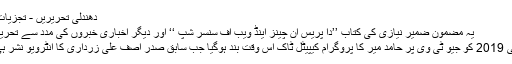
دھندلی تحریریں - تجزیات آن لائن
یہ مضمون ضمیر نیازی کی کتاب ’’دا پریس ان چینز اینڈ ویب آف سنسر شپ ‘‘ اور دیگر اخباری خبروں کی مدد سے تحریر کیا گیا
2 جولائی 2019 کو جیو ٹی وی پر حامد میر کا پروگرام کیپیٹل ٹاک اس وقت بند ہوگیا جب سابق صدر آصف علی زرداری کا انٹرویو نشر ہی ہوا تھا۔